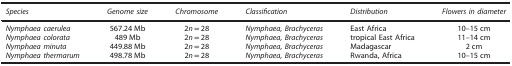
| Species | Genome size | Chromosome | Classification | Distribution | Flowers in diameter |
 | --- | --- | --- | --- | --- | --- |
 | Nymphaea caerulea | 567.24 Mb | 2n=28 | Nymphaea, Brachyceras | East Africa | 10–15 cm |
 | Nymphaea colorata | 489 Mb | 2n=28 | Nymphaea, Brachyceras | tropical East Africa | 11–14 cm |
 | Nymphaea minuta | 449.88 Mb | 2n=28 | Nymphaea, Brachyceras | Madagascar | 2 cm |
 | Nymphaea thermarum | 498.78 Mb | 2n=28 | Nymphaea, Brachyceras | Rwanda, Africa | 10–15 cm |